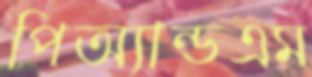
পিঅ্যান্ডএম